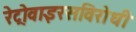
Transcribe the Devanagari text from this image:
रेट्रोवाइरसविरोधी